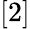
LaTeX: [2]